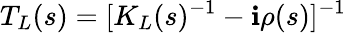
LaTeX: T_{L}(s)=[K_{L}(s)^{-1}-\mathbf{i}\rho(s)]^{-1}